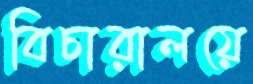
বিচারালয়ে